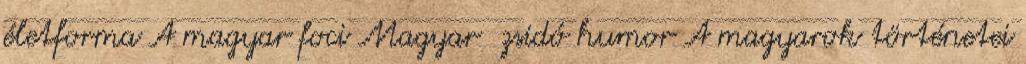
életforma A magyar foci Magyar zsidó humor A magyarok történetei